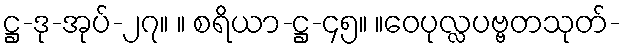
ဋ္ဌ-ဒု-အုပ်-၂၇။ ။ စရိယာ-ဋ္ဌ-၄၅။ ။ဝေပုလ္လပဗ္ဗတသုတ်-